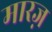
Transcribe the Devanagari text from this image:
मारज़